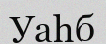
Уаһб